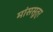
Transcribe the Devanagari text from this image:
मांससूत्र